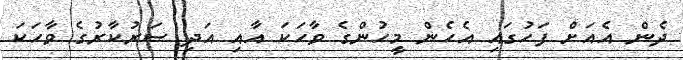
ދެން އެއަށް ފަހުގައި އެހެން މީހުންގެ ވާހަކަ އާއި އަދި ސަރުކާރުގެ ވާހަކަ